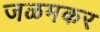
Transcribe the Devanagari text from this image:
जळमकर